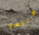
كروسو